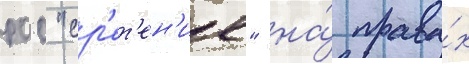
роо "ср'ет'ен'ие" на́ права́х